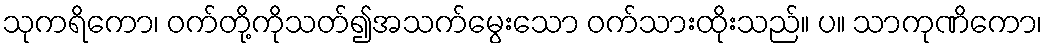
သုကရိကော၊ ဝက်တို့ကိုသတ်၍အသက်မွေးသော ဝက်သားထိုးသည်။ ပ။ သာကုဏိကော၊